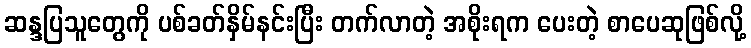
ဆန္ဒပြသူတွေကို ပစ်ခတ်နှိမ်နင်းပြီး တက်လာတဲ့ အစိုးရက ပေးတဲ့ စာပေဆုဖြစ်လို့